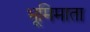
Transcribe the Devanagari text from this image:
भूमिमाता